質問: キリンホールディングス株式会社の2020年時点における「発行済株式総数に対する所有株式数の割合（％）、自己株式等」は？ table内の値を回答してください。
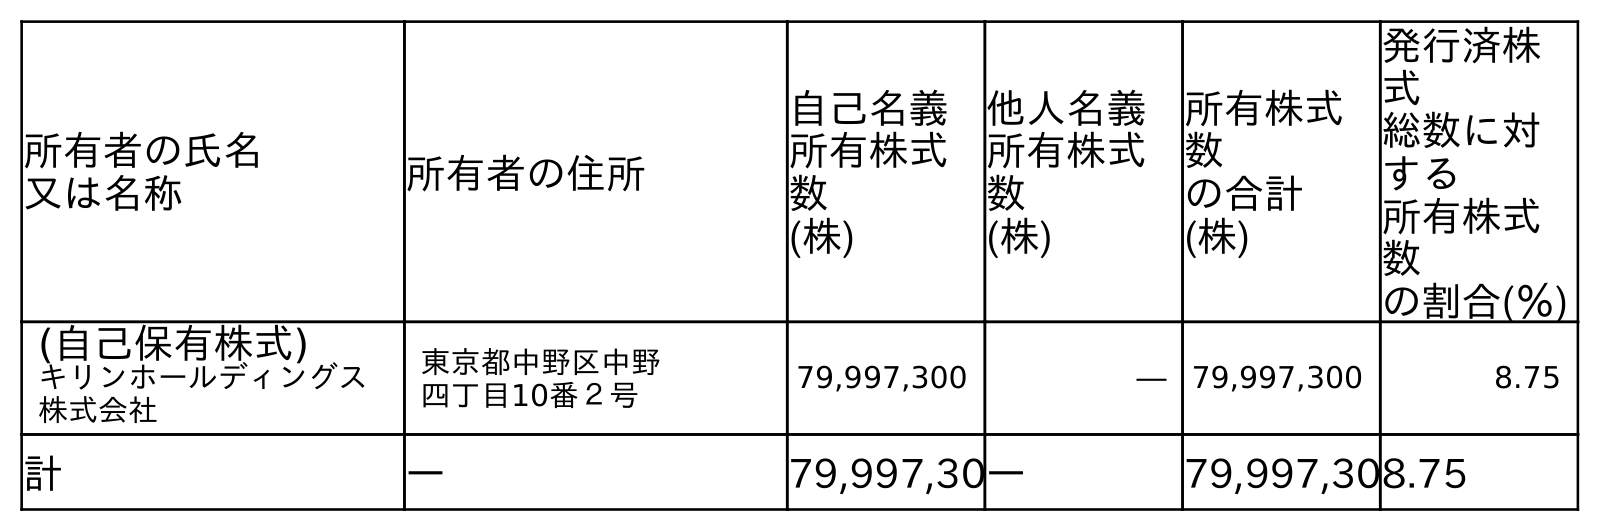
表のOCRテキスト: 所有者の氏名 又は名称 所有者の住所 自己名義 所有株式 数 (株) 他人名義 所有株式 数 (株) 所有株式 数 の合計 (株) 発行済株 式 総数に対 する 所有株式 数 の割合(％) (自己保有株式) キリンホールディングス 株式会社 東京都中野区中野 四丁目10番２号 79,997,300 ― 79,997,300 8.75 計 ― 79,997,30― 79,997,308.75
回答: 8.75